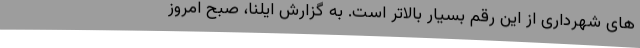
های شهرداری از این رقم بسیار بالاتر است. به گزارش ایلنا، صبح امروز